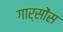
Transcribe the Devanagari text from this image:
गार्सोंस